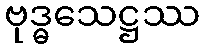
ဗုဒ္ဓသေဋ္ဌဿ